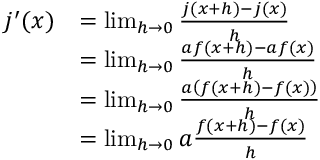
{ \begin{array} { r l } { j ^ { \prime } ( x ) } & { = \operatorname* { l i m } _ { h \rightarrow 0 } { \frac { j ( x + h ) - j ( x ) } { h } } } \\ & { = \operatorname* { l i m } _ { h \rightarrow 0 } { \frac { a f ( x + h ) - a f ( x ) } { h } } } \\ & { = \operatorname* { l i m } _ { h \rightarrow 0 } { \frac { a \left( f ( x + h ) - f ( x ) \right) } { h } } } \\ & { = \operatorname* { l i m } _ { h \rightarrow 0 } a { \frac { f ( x + h ) - f ( x ) } { h } } } \end{array} }